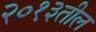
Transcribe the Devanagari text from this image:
२०१३तील